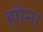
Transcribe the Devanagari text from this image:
ह्ऐन।